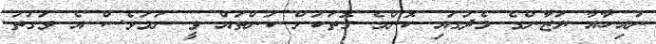
ނައިހާއާ ޔަޒާންގެ މެދުގައި ކޮންމެ ގޮތަކަށް ކަންތައް ވީ ނަމަވެސް އެ ވަގުތު